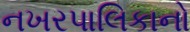
નખરપાલિકાનો